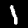
Digit: 1